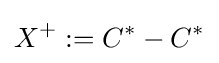
X^{+}:=C^{*}-C^{*}